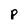
Character: p